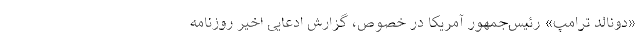
«دونالد ترامپ» رئیس‌جمهور آمریکا در خصوص، گزارش‌ ادعایی اخیر روزنامه